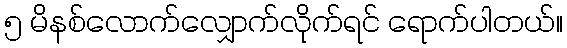
၅ မိနစ်လောက်လျှောက်လိုက်ရင် ရောက်ပါတယ်။